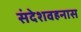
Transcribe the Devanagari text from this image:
संदेशवहनास